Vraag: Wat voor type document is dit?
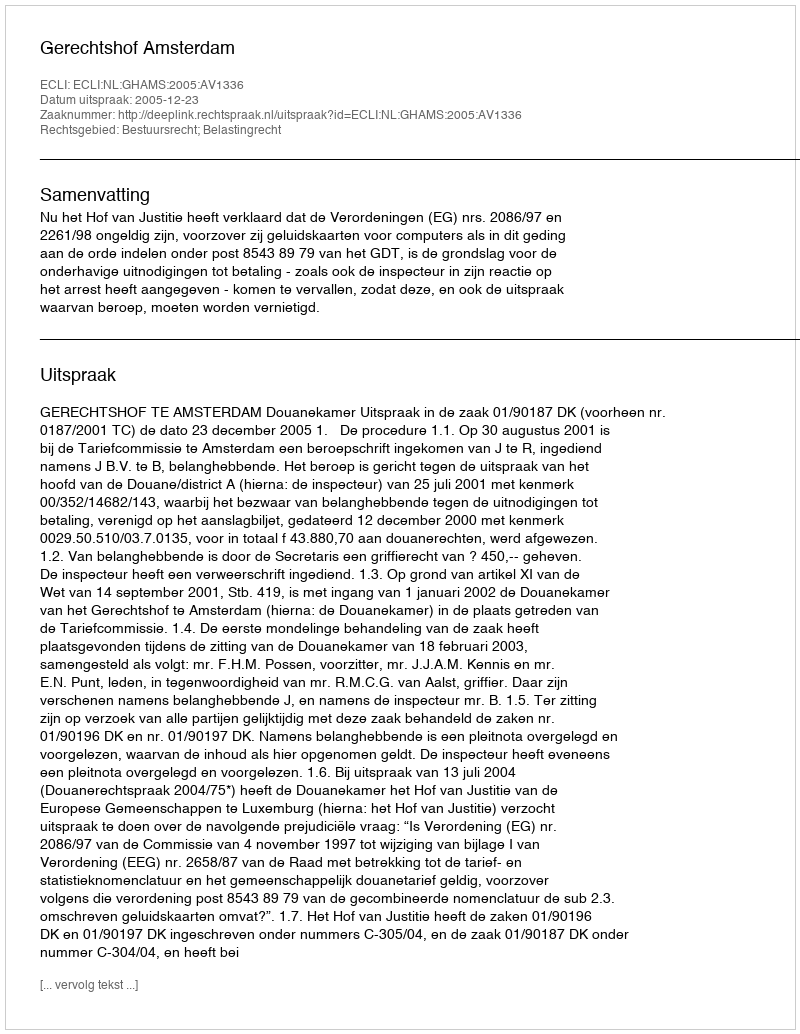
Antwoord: Uitspraak